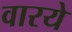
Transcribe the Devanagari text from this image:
वारये